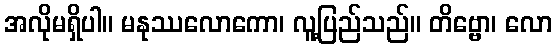
အလိုမရှိပါ။ မနုဿလောကော၊ လူ့ပြည်သည်။ တိဗ္ဗော၊ လော